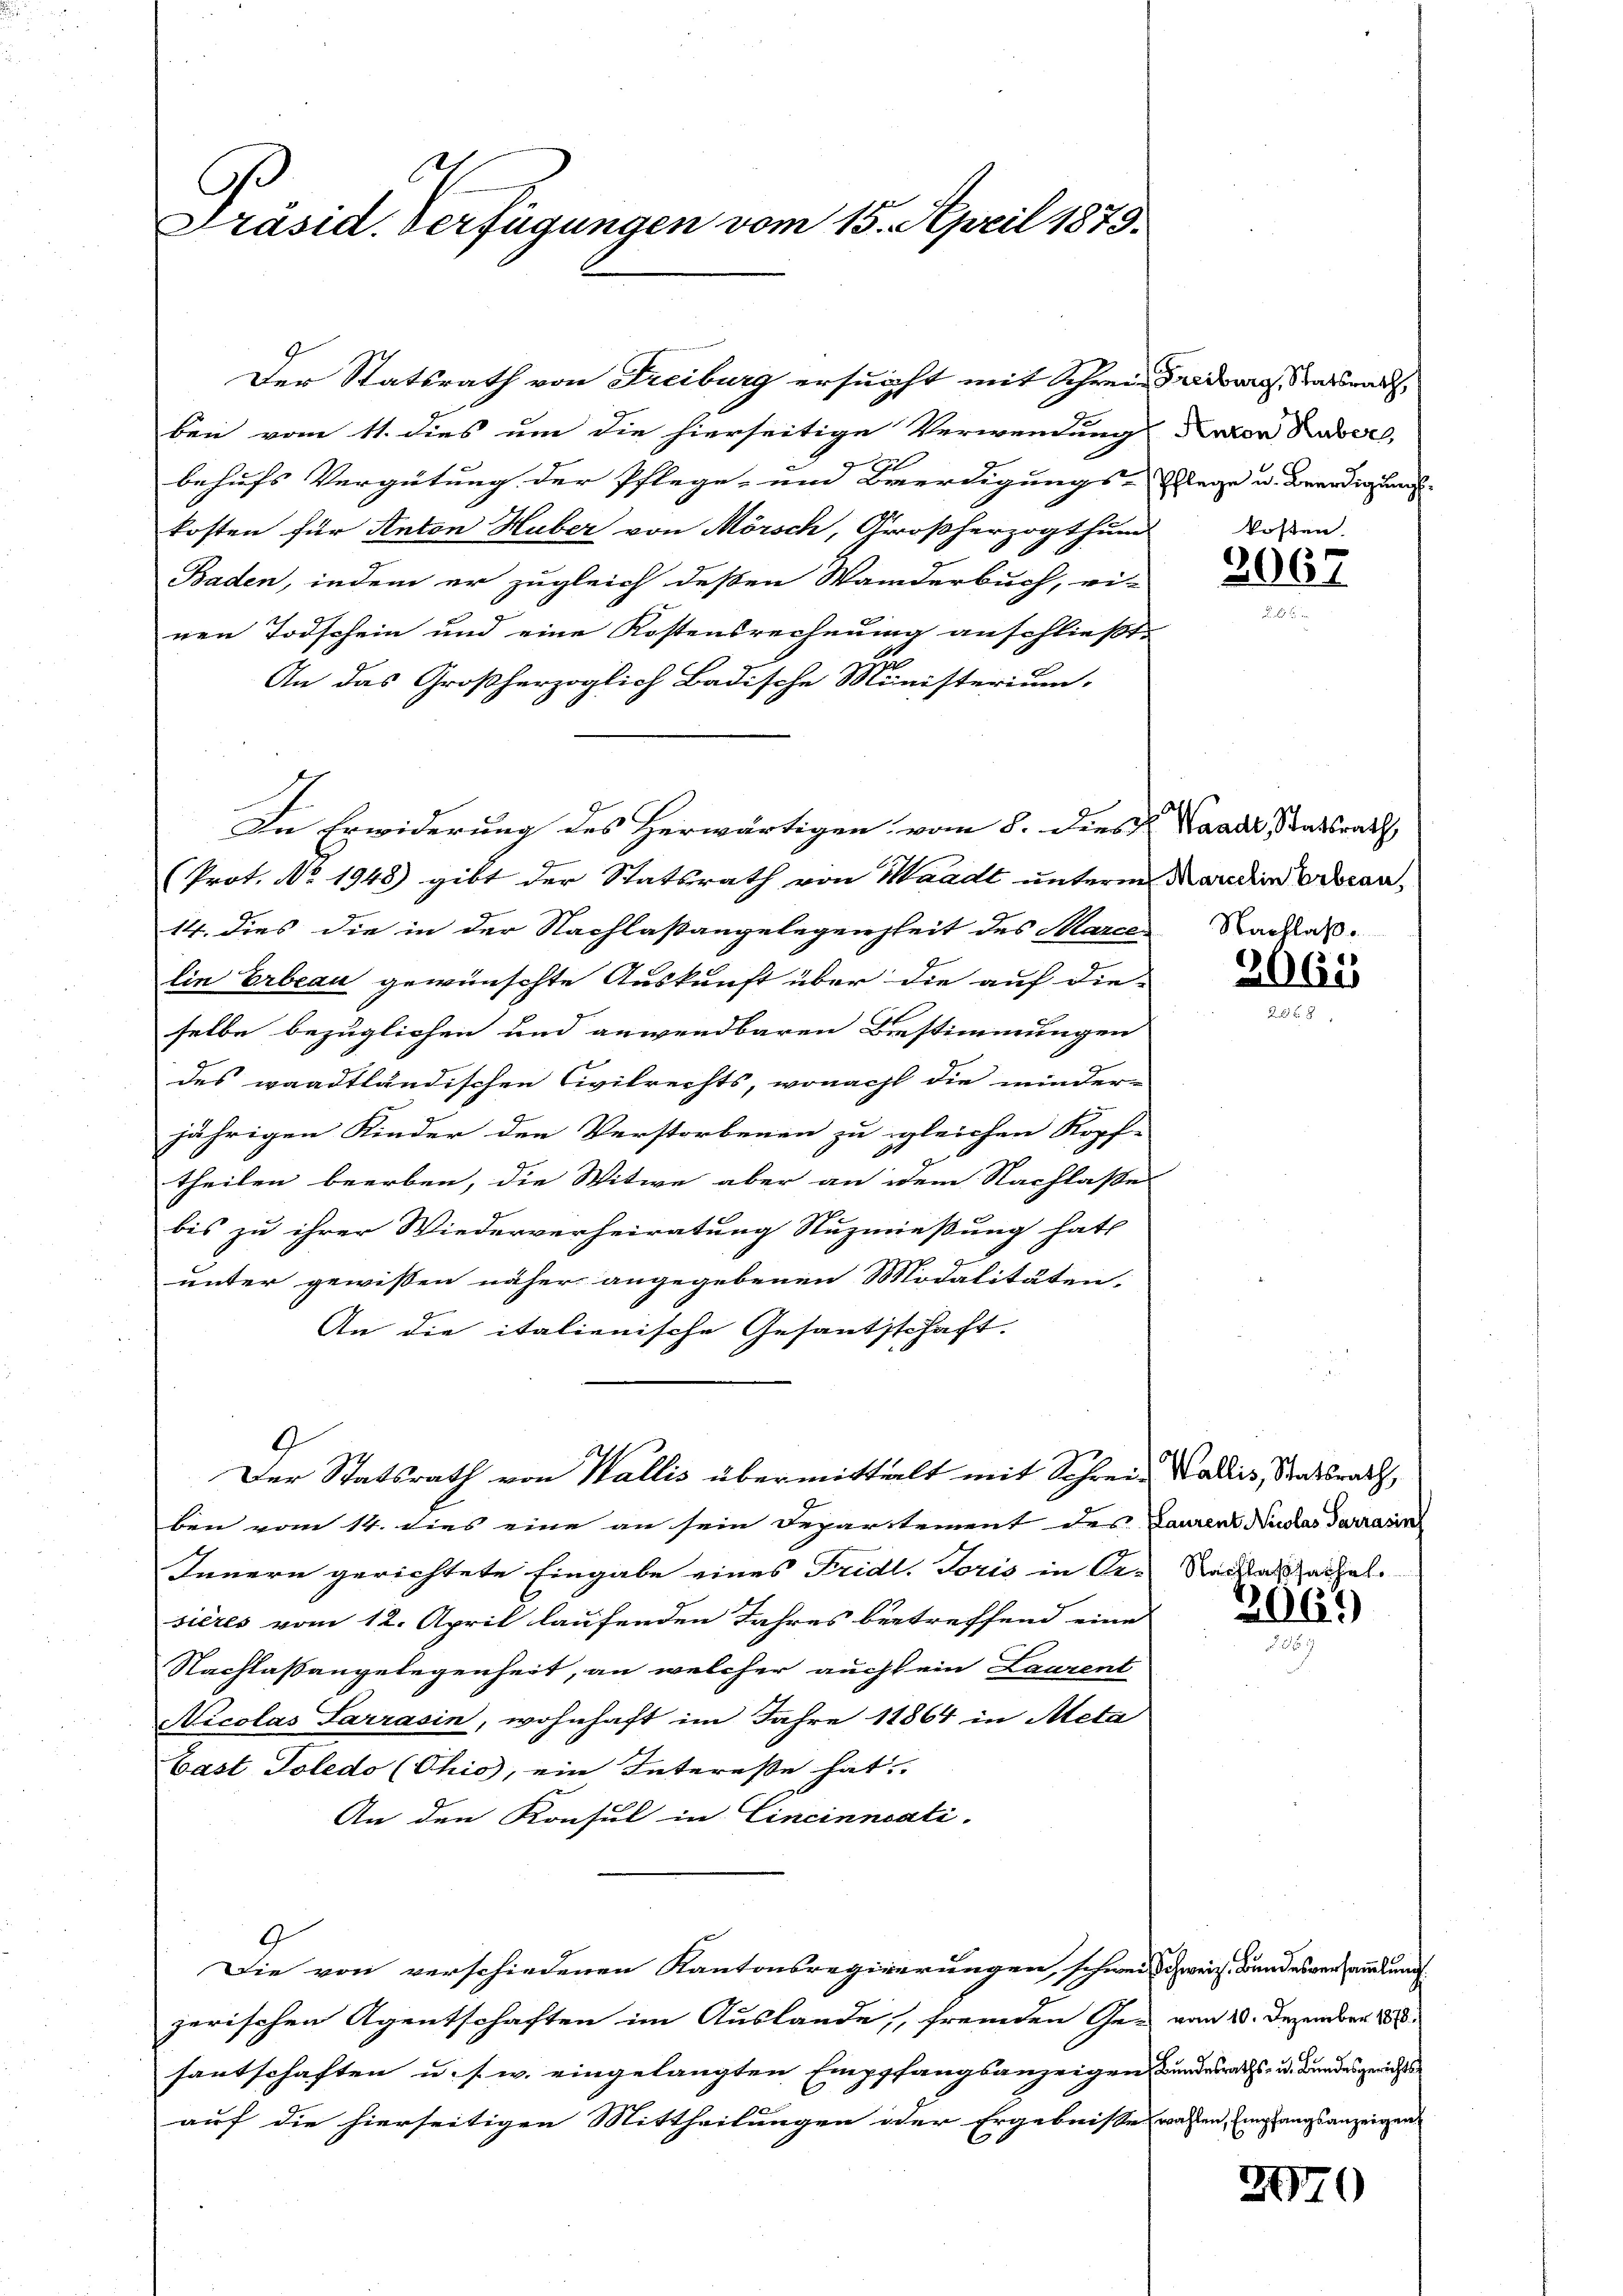
d
Präsid. Verfügungen vom 15. April 1875.

ben vom 11. dies um die hierseitige Verwendung aber Russe,
x
behufs Vergütung der Pflege- und Beerdigungs-Rege u. Beendig hand-
kosten für Anton Huber von Mörsch, Großherzogthum
Baden, indem er zugleich deßen Wanderbuch, ei-
nen Todschein und eine Kostensrechnung anschließt:
Z
An das Großherzoglich Badische Ministerium
In Erwiderung des Herwärtigen vom 8. dies Waadt, Staatsrath
(Prot. No. 1948) gibt der Statsrath von Waadt unterm Mardinarbean¬
14. Dies die in der Nachlaßangelegenheit des Marce
lin Erbeau gewünschte Auskunft über die auf die-
selbe bezüglichen und anwendbaren Bestimmungen
des waadtländischen Civilrechts, wonacht die wieder-
jährigen Kinder den Verstorbenen zu gleichen Kopf-
theilen beerben, die Witwe aber an dem Nachlasse
bis zu ihrer Wiederverheiratung Nuzmießung hat
unter gewissen näher angegebenen Modalitäten,
An die italienische Gesantsschaft.

.

ben vom 14. dies eine an sein Departement des Laurent Niclas Terrasin
Innern gerichtete Eingabe eines Fridl. Toris in Or-Nachatsachel.
sières vom 12. April laufenden Jahres betreffend eine
Nachlassangelegenheit, an welcher auch sein Laurent
Nicolas Sarrasin, wohnhaft im Jahre 18864 in Acta
bast Toledo (Chio, ein Interesse hat.
An den Konsul in Cincinncati.
G
Die von verschiedenen Kantonsregierungen, schweisschweiz. Bundesversammlung
zerischen Agentschaften im Auslande, fremden Ge- vom 10. Dezember 188
fantschaften u. s. w. eingelangten Empfangsanzeigen Bundesraths- u. Bundesgerichte
auf die hierseitigen Mittheilungen oder Ergebnisse wahlen, Empfangsanzeigen

Der Statsrath von Wallis übermitteilt mit Sohren Wallis, Staatsrath,

Der Statsrath von Freiburg ersucht mit Schreinardourg, Sassnac

kosten.
2067

Nachlaß.

2065

2061)

2770